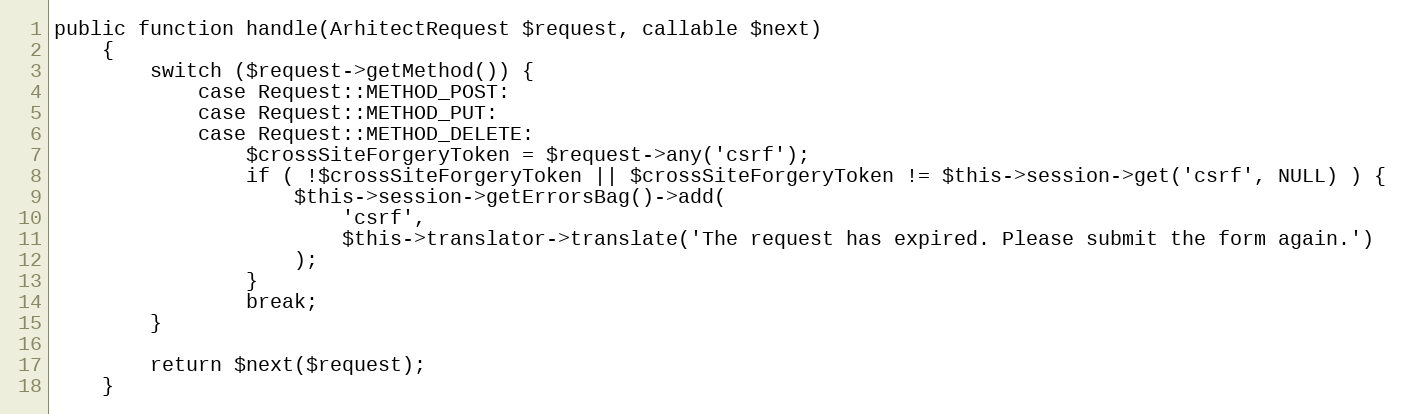
Language: PHP
public function handle(ArhitectRequest $request, callable $next)
    {
        switch ($request->getMethod()) {
            case Request::METHOD_POST:
            case Request::METHOD_PUT:
            case Request::METHOD_DELETE:
                $crossSiteForgeryToken = $request->any('csrf');
                if ( !$crossSiteForgeryToken || $crossSiteForgeryToken != $this->session->get('csrf', NULL) ) {
                    $this->session->getErrorsBag()->add(
                        'csrf',
                        $this->translator->translate('The request has expired. Please submit the form again.')
                    );
                }
                break;
        }

        return $next($request);
    }